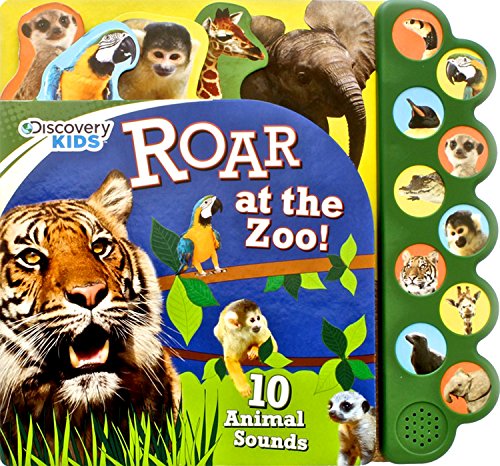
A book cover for Roar at the Zoo Sound Book (Discovery Kids); Parragon Books; Children's Books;